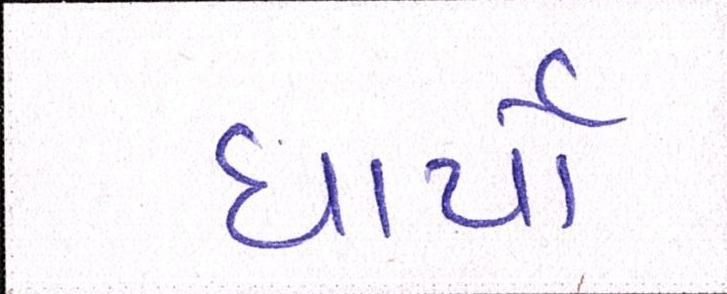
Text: ધાર્યો